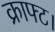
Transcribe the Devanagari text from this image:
क्राफ्ट।